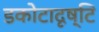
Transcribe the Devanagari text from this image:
डकोटादृष्टि